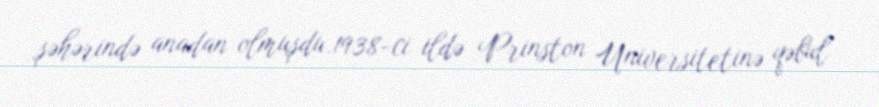
şəhərində anadan olmuşdu.1938-ci ildə Prinston Universitetinə qəbul